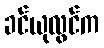
ခင်ယုလွင်က